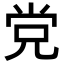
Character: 党